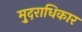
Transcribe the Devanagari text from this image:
मु्दराधिकार